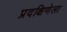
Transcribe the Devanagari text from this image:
प्रदक्षिणेला